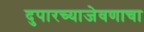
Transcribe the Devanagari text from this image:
दुपारच्याजेवणाचा